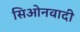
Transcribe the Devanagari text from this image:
सिओनवादी